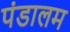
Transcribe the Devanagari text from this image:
पंडालम